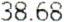
38.68